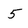
Character: 5